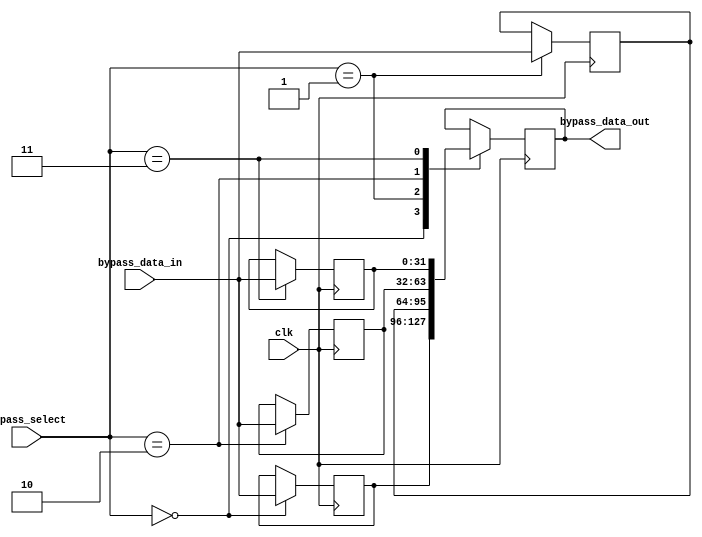
module bypass_register (
    input wire clk,
    input wire [3:0] bypass_select,
    input wire [31:0] bypass_data_in,
    output reg [31:0] bypass_data_out
);

reg [31:0] bypass_reg [3:0];

always @(posedge clk) begin
    case (bypass_select)
        0: bypass_reg[0] <= bypass_data_in;
        1: bypass_reg[1] <= bypass_data_in;
        2: bypass_reg[2] <= bypass_data_in;
        3: bypass_reg[3] <= bypass_data_in;
    endcase
end

always @(posedge clk) begin
    case (bypass_select)
        0: bypass_data_out <= bypass_reg[0];
        1: bypass_data_out <= bypass_reg[1];
        2: bypass_data_out <= bypass_reg[2];
        3: bypass_data_out <= bypass_reg[3];
    endcase
end

endmodule